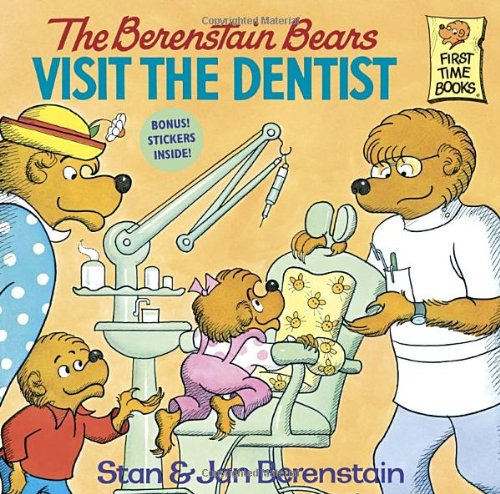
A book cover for The Berenstain Bears Visit the Dentist; Stan Berenstain; Children's Books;